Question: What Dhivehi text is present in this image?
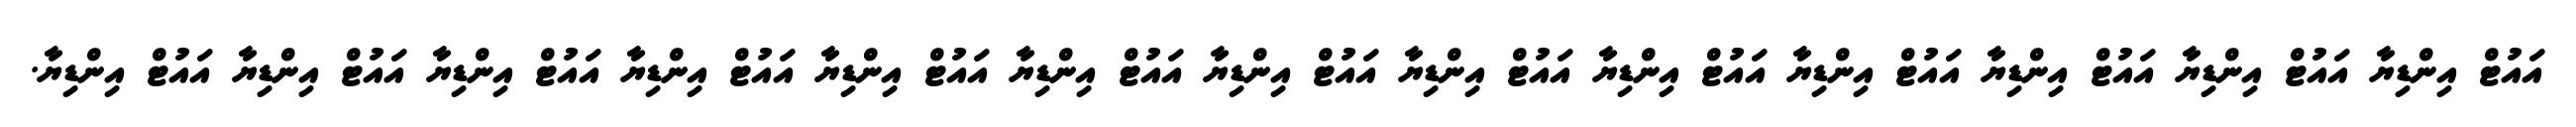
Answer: އައުޓް އިންޑިޔާ އައުޓް އިންޑިޔާ އައުޓް އިންޑިޔާ އައުޓް އިންޑިޔާ އައުޓް އިންޑިޔާ އައުޓް އިންޑިޔާ އައުޓް އިންޑިޔާ އައުޓް އިންޑިޔާ އައުޓް އިންޑިޔާ އައުޓް އިންޑިޔާ އައުޓް އިންޑިޔާ އައުޓް އިންޑިޔާ އައުޓް އިންޑިޔާ.